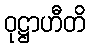
ဝုဋ္ဌာဟီတိ